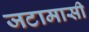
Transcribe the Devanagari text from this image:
जटामासी